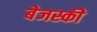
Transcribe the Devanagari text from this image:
बेजस्की